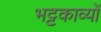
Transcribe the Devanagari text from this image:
भट्टकाव्यों